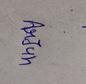
Signature authenticity: genuine